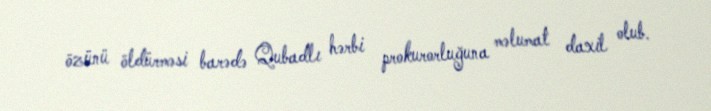
özünü öldürməsi barədə Qubadlı hərbi prokurorluğuna məlumat daxil olub.